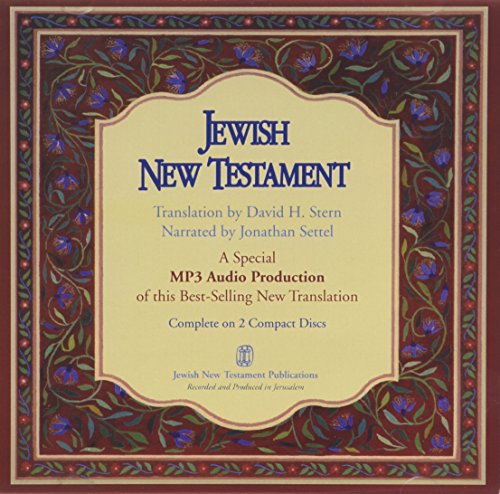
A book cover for Jewish New Testament on Audio MP3; David Stern; Christian Books & Bibles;